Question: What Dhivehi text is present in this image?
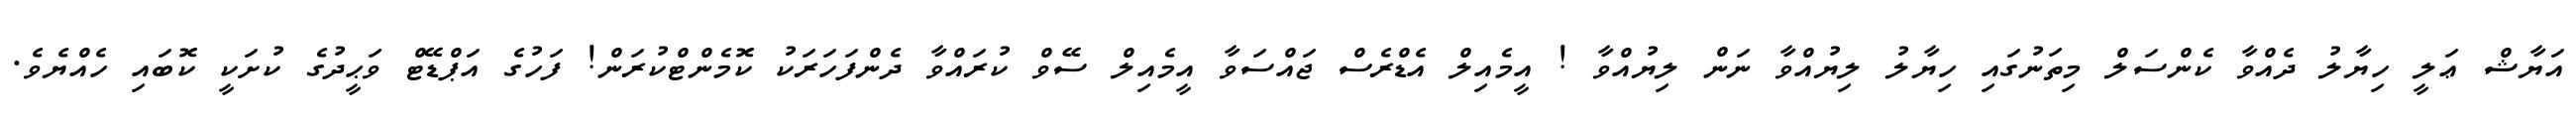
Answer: އަޔާޝް ޢަލީ ހިޔާލު ދެއްވާ ކެންސަލް މިތަނުގައި ހިޔާލު ލިޔުއްވާ ނަން ލިޔުއްވާ ! އީމެއިލް އެޑްރެސް ޖައްސަވާ އީމެއިލް ސޭވް ކުރައްވާ ދެންފަހަރަކު ކޮމެންޓްކުރަން! ފަހުގެ އަޕްޑޭޓް ވަޙީދުގެ ކުށަކީ ކޮބައި ހެއްޔެވެ.